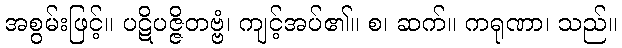
အစွမ်းဖြင့်။ ပဋိပဇ္ဇိတဗ္ဗံ၊ ကျင့်အပ်၏။ စ၊ ဆက်။ ကရုဏာ၊ သည်။